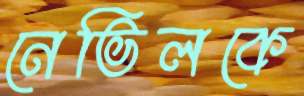
নেভিলকে